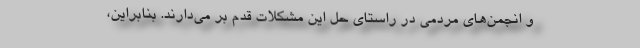
و انجمن‌های مردمی در راستای حل این مشکلات قدم بر می‌دارند. بنابراین،